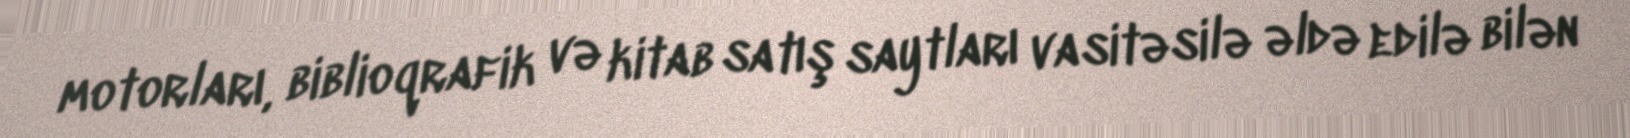
motorları, biblioqrafik və kitab satış saytları vasitəsilə əldə edilə bilən